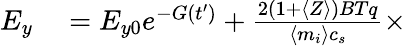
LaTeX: \begin{array}{rl}{E_{y}}&{{}=E_{y0}e^{-G(t^{\prime})}+\frac{2(1+\langle Z\rangle)BTq}{\langle m_{i}\rangle c_{s}}\times}\end{array}